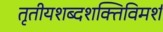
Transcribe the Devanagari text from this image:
तृतीयशब्दशक्तिविमर्श